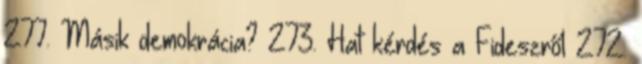
277. Másik demokrácia? 273. Hat kérdés a Fideszről 272.